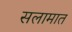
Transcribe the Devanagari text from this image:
सलामात